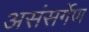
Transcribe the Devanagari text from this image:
असंसर्गेण